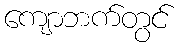
ကျောဘက်တွင်